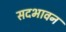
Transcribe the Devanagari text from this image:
सदभावन